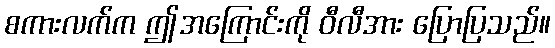
စကားလက်က ဤအကြောင်းကို ဝီလီအား ပြောပြသည်။